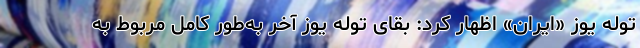
توله یوز «ایران» اظهار کرد: بقای توله یوز آخر به‌طور کامل مربوط به